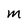
Character: M